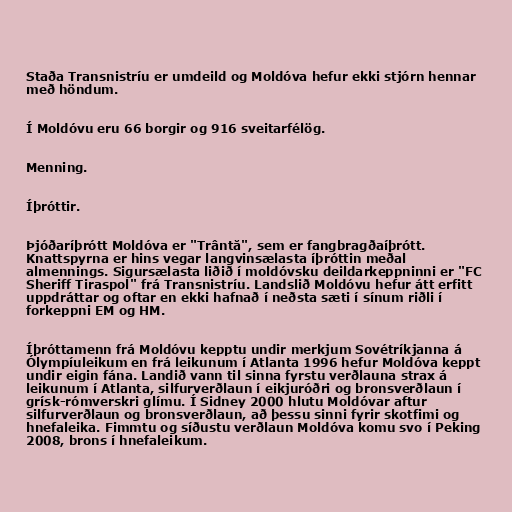
Staða Transnistríu er umdeild og Moldóva hefur ekki stjórn hennar
með höndum.

Í Moldóvu eru 66 borgir og 916 sveitarfélög.

Menning.

Íþróttir.

Þjóðaríþrótt Moldóva er "Trântă", sem er fangbragðaíþrótt.
Knattspyrna er hins vegar langvinsælasta íþróttin meðal
almennings. Sigursælasta liðið í moldóvsku deildarkeppninni er "FC
Sheriff Tiraspol" frá Transnistríu. Landslið Moldóvu hefur átt erfitt
uppdráttar og oftar en ekki hafnað í neðsta sæti í sínum riðli í
forkeppni EM og HM.

Íþróttamenn frá Moldóvu kepptu undir merkjum Sovétríkjanna á
Ólympíuleikum en frá leikunum í Atlanta 1996 hefur Moldóva keppt
undir eigin fána. Landið vann til sinna fyrstu verðlauna strax á
leikunum í Atlanta, silfurverðlaun í eikjuróðri og bronsverðlaun í
grísk-rómverskri glímu. Í Sidney 2000 hlutu Moldóvar aftur
silfurverðlaun og bronsverðlaun, að þessu sinni fyrir skotfimi og
hnefaleika. Fimmtu og síðustu verðlaun Moldóva komu svo í Peking
2008, brons í hnefaleikum.